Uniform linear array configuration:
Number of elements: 4
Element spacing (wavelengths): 0.75
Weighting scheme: hann
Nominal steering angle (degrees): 60
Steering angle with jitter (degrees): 59.499
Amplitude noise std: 0.05
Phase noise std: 0.05

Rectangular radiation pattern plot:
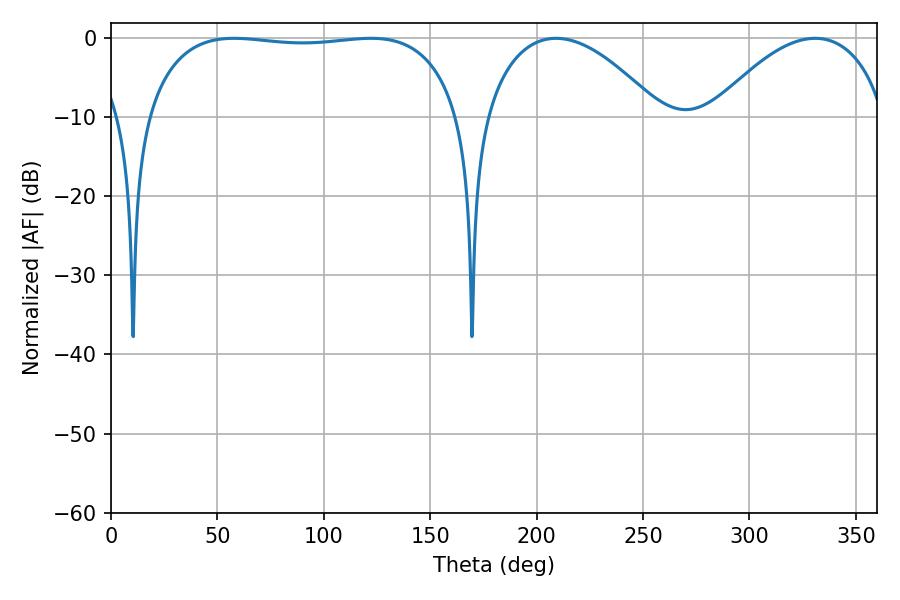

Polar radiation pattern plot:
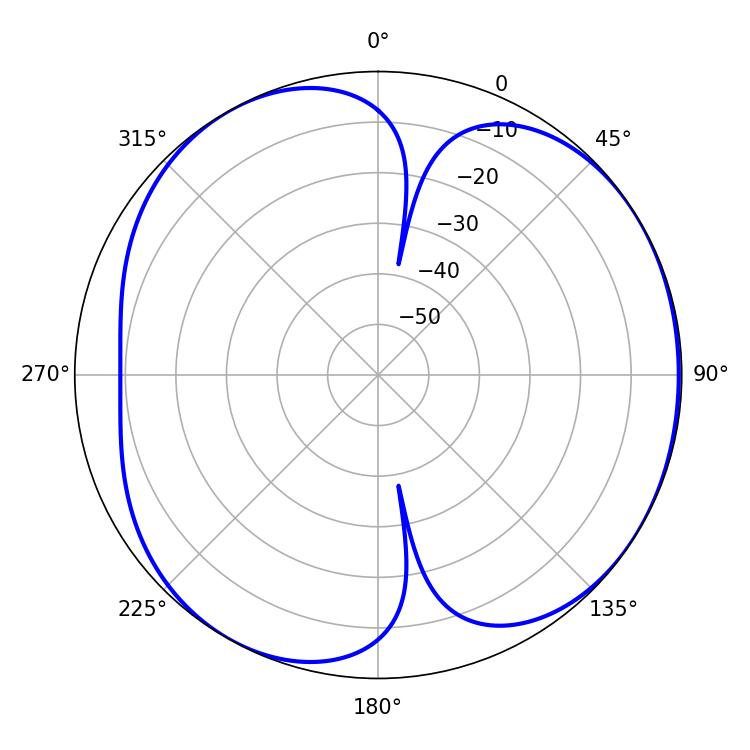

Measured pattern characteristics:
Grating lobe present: TRUE
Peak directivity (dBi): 4.793
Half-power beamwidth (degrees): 46.08
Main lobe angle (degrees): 209.16